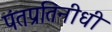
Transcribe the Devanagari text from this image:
पंतप्रतिनीधी